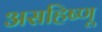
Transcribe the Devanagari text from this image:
असहिष्णू